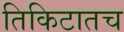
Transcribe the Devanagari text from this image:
तिकिटातच